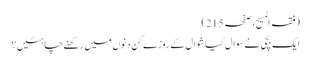
(فقہ المسیح، صفحہ215)
ایک بچی نے سوال کیا شوال کے روزے کن دنوں میں رکھنے چاہئیں؟